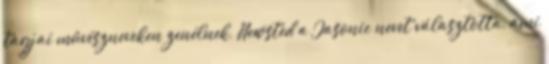
tagjai művészneveken zenélnek, Newsted a Jasonic nevet választotta, ami